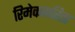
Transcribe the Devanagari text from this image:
रिमेककरिता